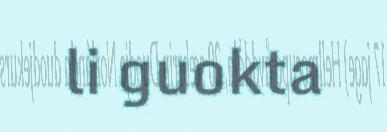
li guokta